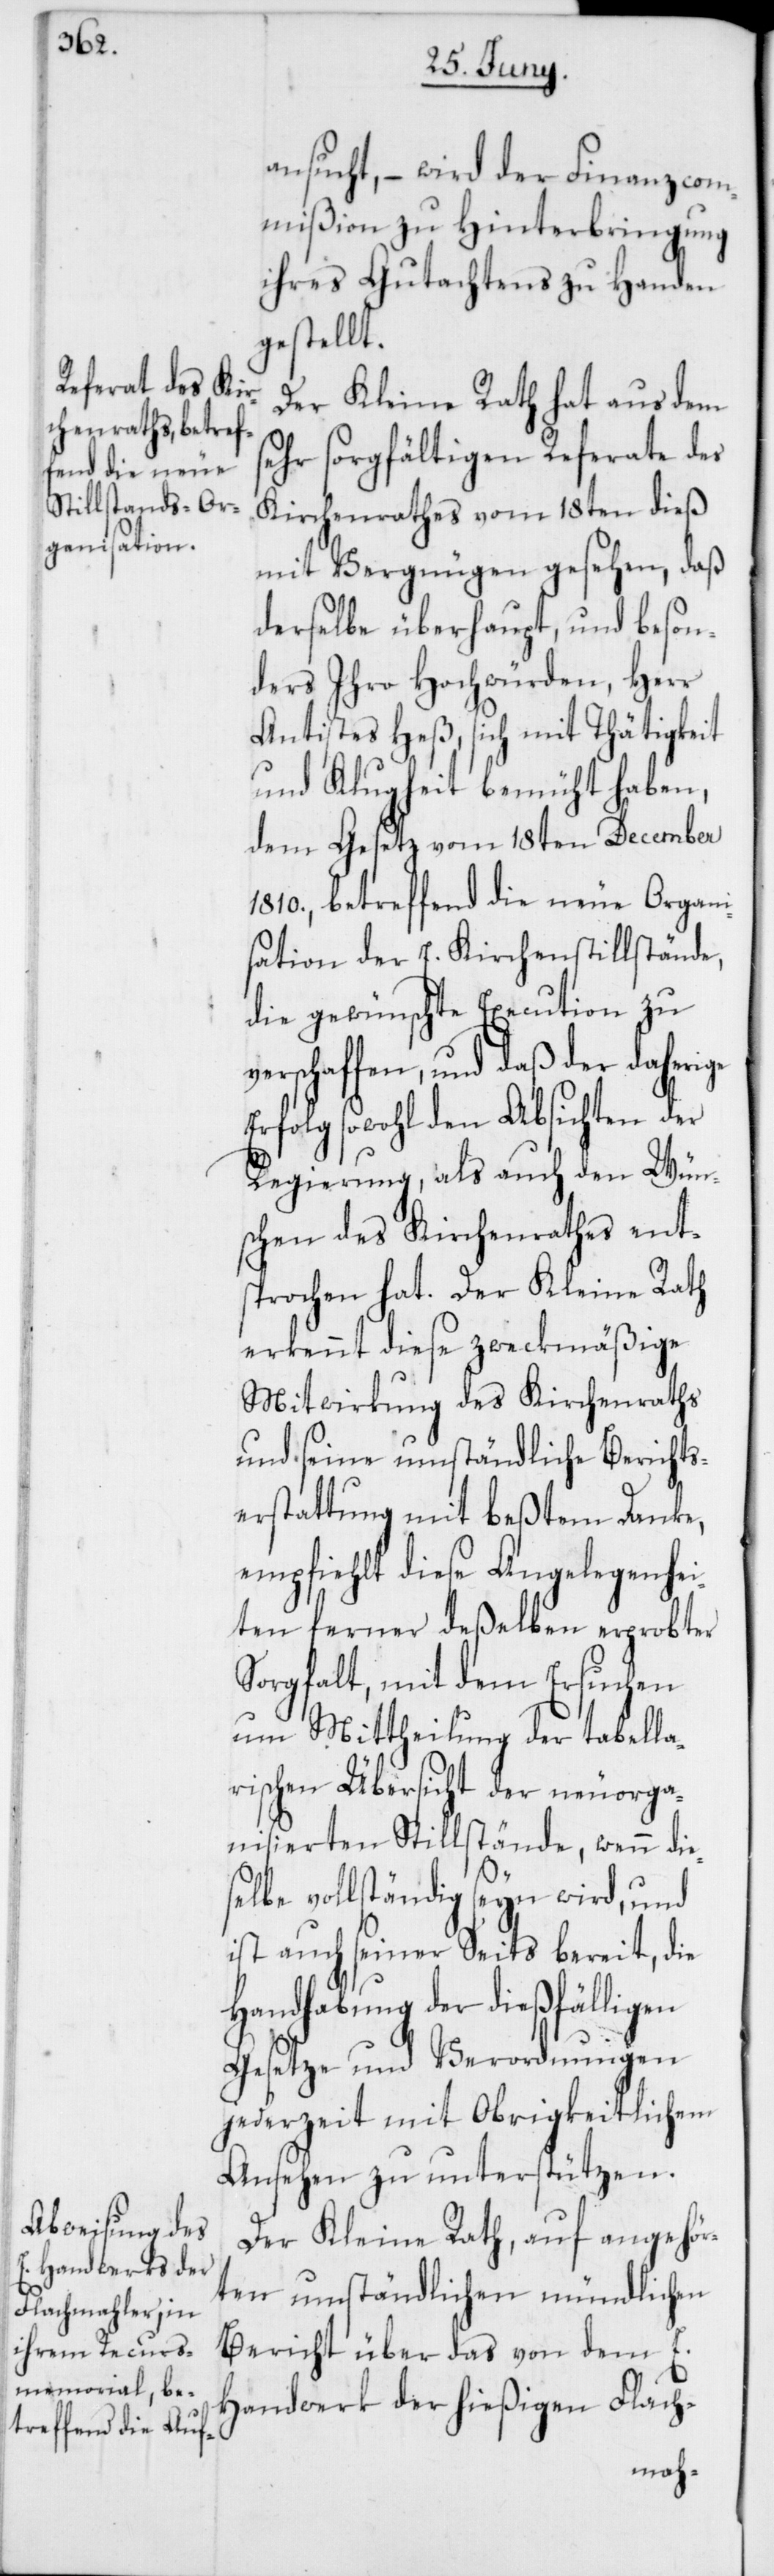
ge

ansucht, – wird der Finanzcom¬
mißion zu Hinterbringung
ihres Gutachtens zu Handen
gestellt.
Der Kleine Rath hat aus dem
ehr sorgfältigen Referate des
Kirchenrathes vom 18ten dieß
mit Vergnügen gesehen, daß
derselbe überhaupt und beson¬
ders Ihro Hochwürden, Herr
Antistes Heß, sich mit Thätigkeit
und Klugheit bemüht haben,
dem Gesetz vom 18ten December
1810., betreffend die neue Organi¬
sation der E. Kirchenstillstände,
die gewünschte Execution zu
erschaffen, und daß der daheri¬
Erfolg sowohl den Absichten der
Regierung als auch den Wün¬
schen des Kirchenrathes ent¬
sprochen hat. Der Kleine Rath
erkennt diese zweckmäßige
Mitwirkung des Kirchenraths
und seine umständliche Berichts¬
erstattung mit beßtem Danke,
empfiehlt diese Angelegenhei¬
ten ferner deßelben erprobter
Sorgfalt, mit dem Ersuchen
um Mittheilung der tabella¬
rischen Übersicht der neuorga¬
nisierten Stillstände, wenn die¬
selbe vollständig seyn wird, und
ist auch seiner Seits bereit, die
Handhabung der dießfälligen
Gesetze und Verordnungen
jederzeit mit Obrigkeitlichem
Ansehen zu unterstützen.
Der Kleine Rath, auf angehör¬
ten umständlichen mündlichen
Bericht über das von dem E.
Handwerk der hießigen Flach-